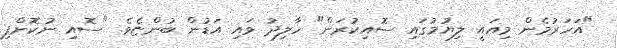
"އަހަރުމެން މިއައީ ލިޔުމުގައި ސޮއިކުރަން" ހާލިދު ވައި އަޑުން ބުންޏެވެ. "ސޮއި ނުކޮށްފި